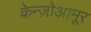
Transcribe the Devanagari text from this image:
केन्ज़ोआमूर